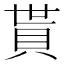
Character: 貰